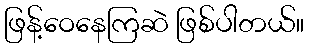
ဖြန့်ဝေနေကြဆဲ ဖြစ်ပါတယ်။